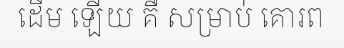
ដើម ឡើយ គឺ សម្រាប់ គោរព